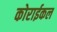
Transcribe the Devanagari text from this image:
कोराईकल